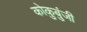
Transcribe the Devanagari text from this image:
कोकुबुंजी